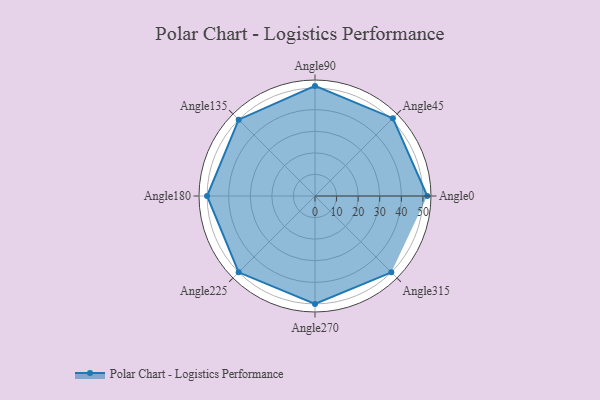
{"axis": {"x": "Angle", "y": "Radius"}, "legend": [""], "data": [{"x": "Angle0", "y": 52.0, "type": ""}, {"x": "Angle45", "y": 51.0, "type": ""}, {"x": "Angle90", "y": 51.0, "type": ""}, {"x": "Angle135", "y": 50, "type": ""}, {"x": "Angle180", "y": 50, "type": ""}, {"x": "Angle225", "y": 50, "type": ""}, {"x": "Angle270", "y": 50, "type": ""}, {"x": "Angle315", "y": 50, "type": ""}]}